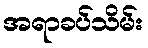
အရာခပ်သိမ်း